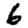
Digit: 6